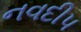
નવદીપ